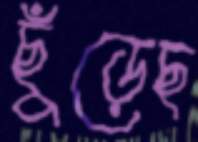
ছুঁড়েছ